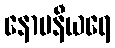
နောပနီယရေ